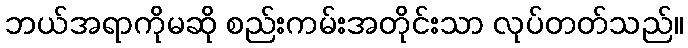
ဘယ်အရာကိုမဆို စည်းကမ်းအတိုင်းသာ လုပ်တတ်သည်။